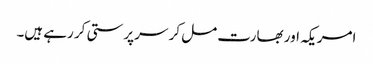
امریکہ اور بھارت مل کر سر پرستی کر رہے ہیں۔